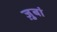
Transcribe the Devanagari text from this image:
ज़ुबां